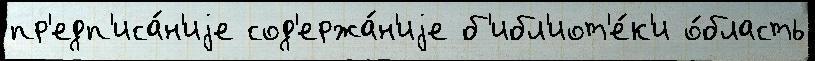
пр'едп'иса́н'иjе сод'ержа́н'иjе б'ибл'иот'е́к'и о́бласть